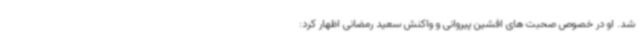
شد. او در خصوص صحبت های افشین پیروانی و واکنش سعید رمضانی اظهار کرد: